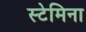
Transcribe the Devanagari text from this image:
स्टेमिना